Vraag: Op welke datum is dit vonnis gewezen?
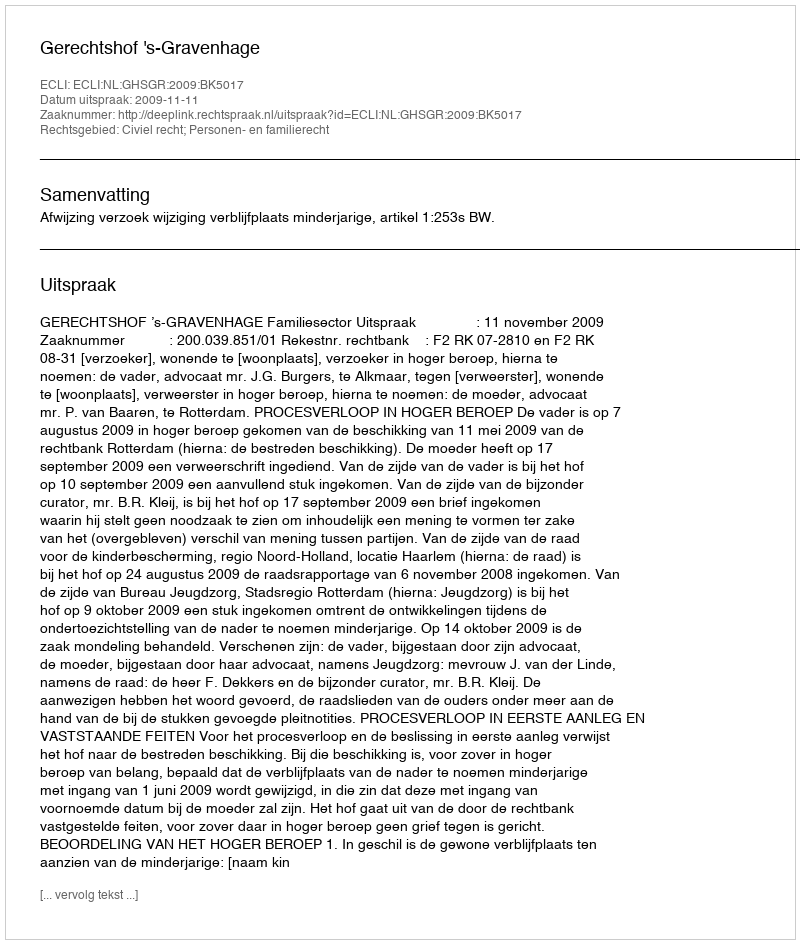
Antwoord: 2009-11-11